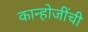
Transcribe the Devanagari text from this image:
कान्होजींची